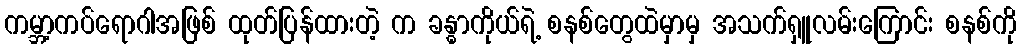
ကမ္ဘာ့ကပ်ရောဂါအဖြစ် ထုတ်ပြန်ထားတဲ့ က ခန္ဓာကိုယ်ရဲ့ စနစ်တွေထဲမှာမှ အသက်ရှူလမ်းကြောင်း စနစ်ကို